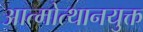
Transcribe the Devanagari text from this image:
आत्मोत्थानयुक्त